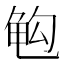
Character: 𱍅